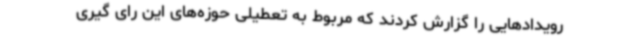
رویدادهایی را گزارش کردند که مربوط به تعطیلی حوزه‌های این رای گیری